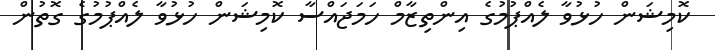
ކޮމިޝަން ހުޅުވާ ލެއްޕުމުގެ އިންތިޒާމް ހަމަޖައްސާ ކޮމިޝަން ހުޅުވާ ލެއްޕުމުގެ ގޮތުން